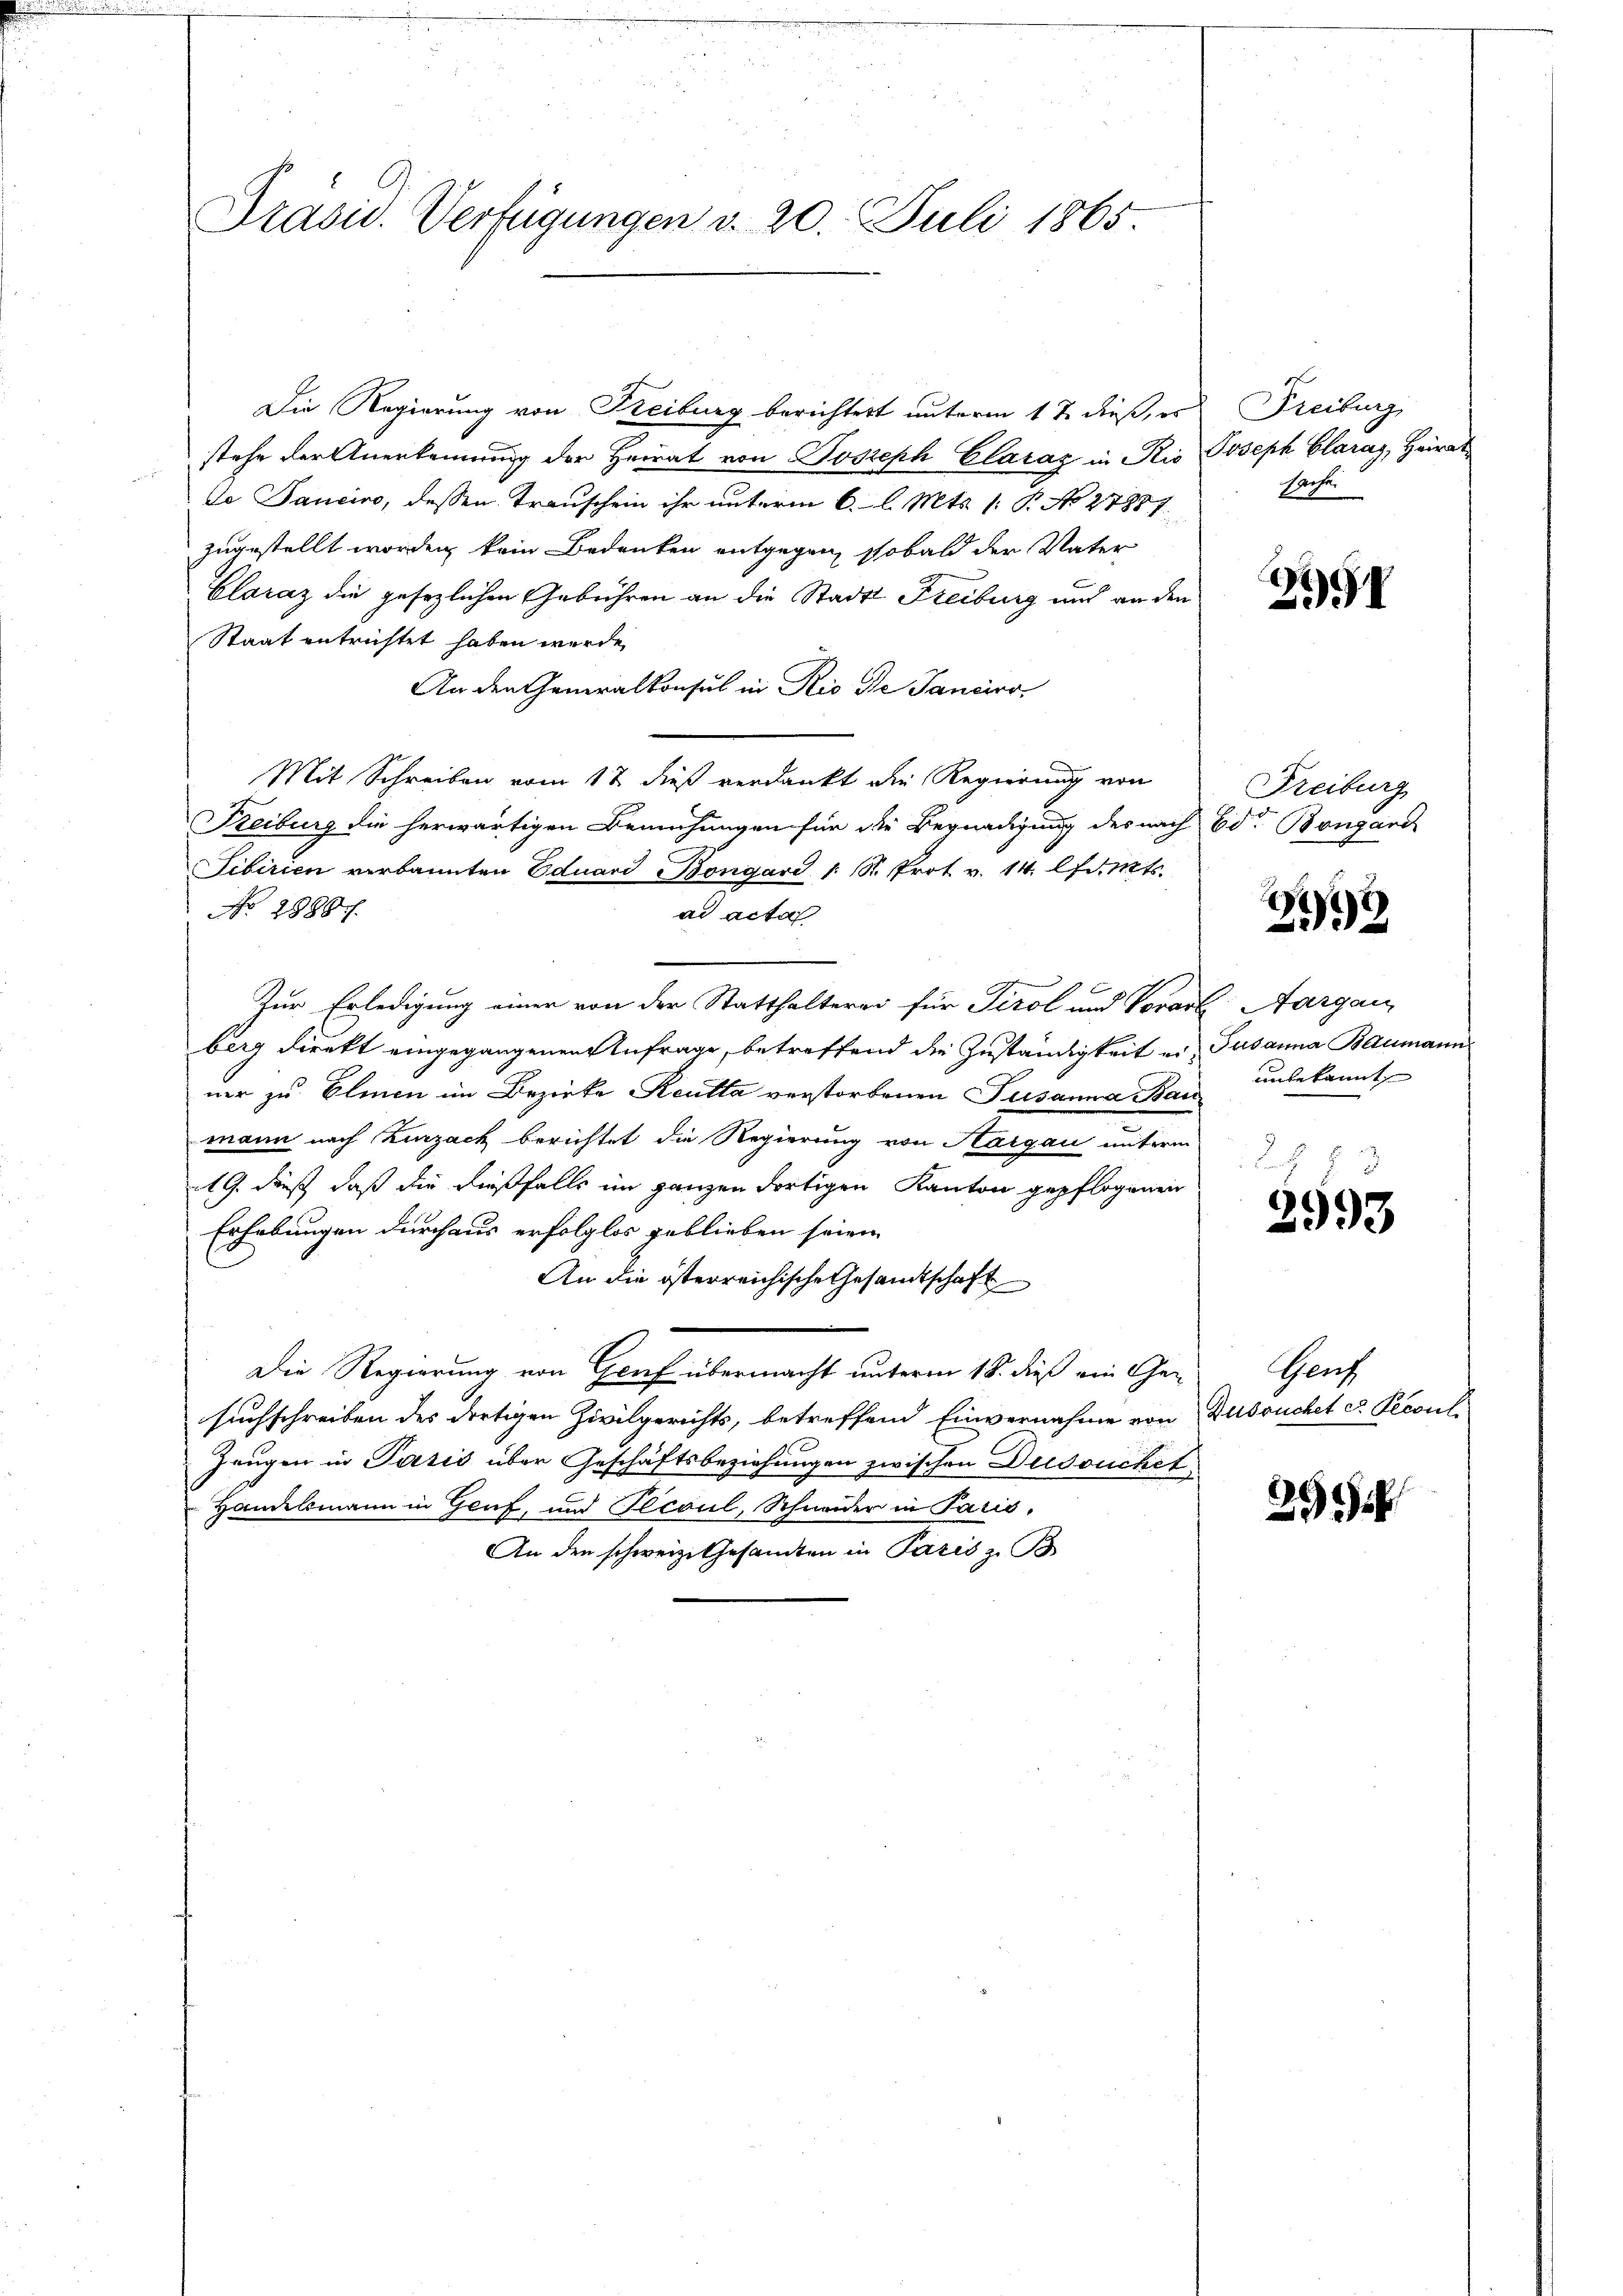
Prasis. Verfügungen d. 20. Juli 1865.

Die Regierung von Kreiburg berichtert unterm 17. dieß, es
stehe der Anerkennung der Heirat von Joseph Claraz in Rio Joseph Claray, Heirat
de Sanciro, dessen Transchein ihr unterm 6. l. Mts. 1. P. No 27887
zugestellt worden kein Bedenken entgegen, sobald der Vater
Claraz die gesetzlichen Gebühren an die Stadt Freiburg und an den
Staat entrichtet haben wurde,
An den Generalkonsul in Rio de Sanciro
Mit Schreiben vom 12. dieß verdankt die Regierung von
Keiburg die herwärtigen Bemühungen für die Begnadigung des nach Ed. Bongard
Sibirien verkannten Eduard Bongárd 1. St. Prot. v. 14. lfdits.
No 2899 f.
ad acta
Zur Erledigung einer von der Statthalterei für Tirol und Vorarl Aargau
berg direkt eingegangenen Anfrage, betreffend die Zuständigkeit er Susanna Baumann
ner zu Elmen im Bezirke Reutta verstorbenen Susanna Bau
mann nach Zurzach berichtet die Regierung von Hargau unterm
AG. dieß, daß die dießfalls im ganzen dortigen Kanton gepflogenen
Erhebungen durchaus erfolglos geblieben seien
An die österreichische Gesandtschaft
Die Regierung von Genf übermacht unterm 18. dieß ein Ge-
suchschreiben des dortigen Zivilgerichts, betreffend Einvernahme von Aussuchet er Pecoul
Zeugen in Paris über Geschäftsbeziehungen zwischen Duisouchet
Handelsmann in Genf, und Pecoul, Schweder in Paris,
An den schweiz. Gesamten in Paris z. B

Freiburg
sache

279

Freiburg

2193

unbekannt

2993

Gent

29